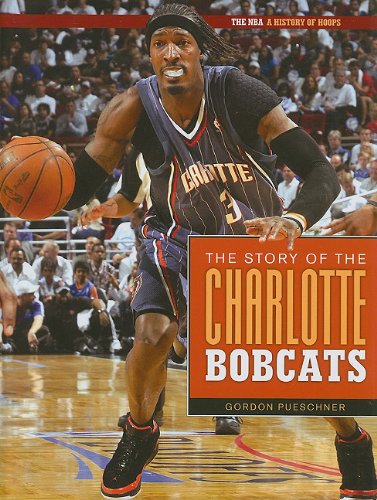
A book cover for The Story of the Charlotte Bobcats (The NBA: a History of Hoops); Gordon Pueschner; Teen & Young Adult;